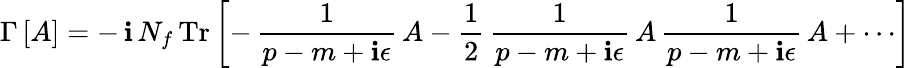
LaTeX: \Gamma\, [A]=-\, \mathbf{i}\, N_{f}\, \mathrm{{Tr}}\, \biggl[-\, \frac{{1}}{{p-m+\mathbf{i}\epsilon}}\, A-\frac{{1}}{{2}}\, \frac{{1}}{{p-m+\mathbf{i}\epsilon}}\, A\, \frac{{1}}{{p-m+\mathbf{i}\epsilon}}\, A+\cdots\biggr]